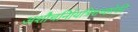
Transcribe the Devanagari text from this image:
अशौचर्निायत्रिशच्छोकी